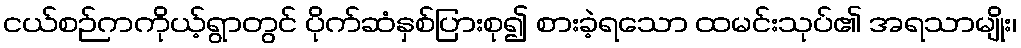
ငယ်စဉ်ကကိုယ့်ရွာတွင် ပိုက်ဆံနှစ်ပြားစု၍ စားခဲ့ရသော ထမင်းသုပ်၏ အရသာမျိုး၊